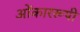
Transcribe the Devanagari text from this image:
ओंकाररूपी